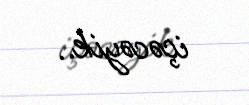
içəcəyik..